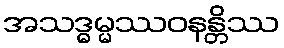
အသဒ္ဓမ္မဿဝနန္တိဿ